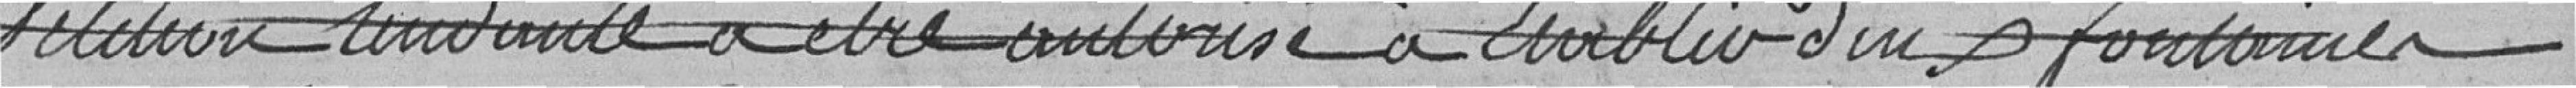
relative tendance a être autorisé à établir aux fontaines